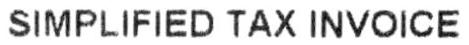
SIMPLIFIED TAX INVOICE